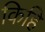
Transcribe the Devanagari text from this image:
किहि